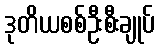
ဒုတိယစစ်ဦးစီးချုပ်